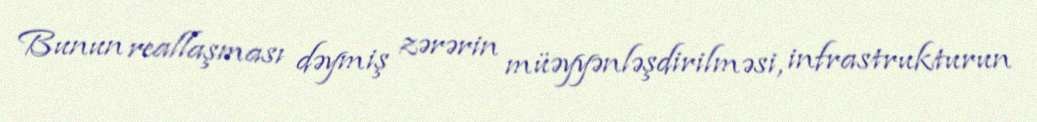
Bunun reallaşması dəymiş zərərin müəyyənləşdirilməsi, infrastrukturun